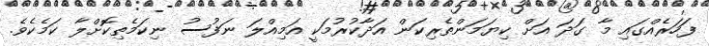
ފަހަރެއްގައި މާ ގަދަ އަށް ކިޔަމަންތެރިކަން އަދާކުރުމަކީ އަމިއްލަ ނަފުސު ނިކަމެތިކޮށްލާ ކަމެކެވެ.